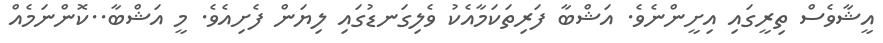
އީޝާވެސް ތިރީގައި އިށީންނެވެ. އަޝްބާ ފަރިތަކަމާއެކު ވެލިގަނޑުގައި ލިޔަން ފެށިއެވެ. މީ އަޝްބާ..ކޮންނަމެއް